Annual statistical returns and brief notes on vaccination in Bengal - 1896-1909
Year: 1896
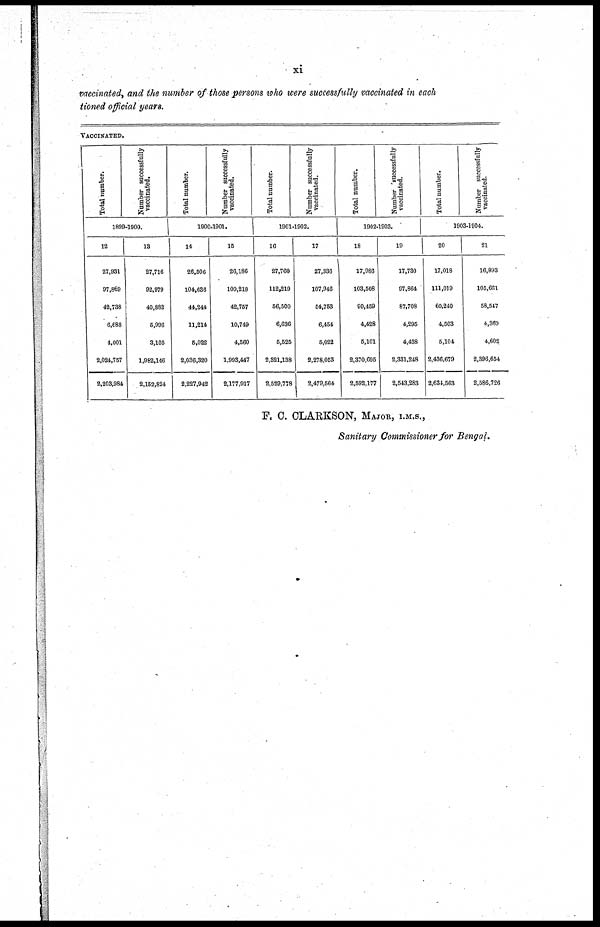
xi
vaccinated, and the number of those persons who were successfully vaccinated in each
tioned official years.
VACCINATED.
Tot al number.
Number successfully
vaccinated.
1899-1900.
12
27,931
97,869
42,738
6,688
4,001
2,024,757
2,203,984
13
27,716
92,979
40,882
5,996
3,105
1,982,146
2,152,824
Total number.
Number successfully
vaccinated.
1900-1901.
14
26,506
104,636
44,244
11,214
5,022
2,036,320
2,227,942
15
26,186
100,218
42,757
10,749
4,560
1,993,447
2,177,917
Total number.
Number successfully
vaccinated.
1901-1902.
16
27,760
112,219
56,500
6,636
5,525
2,321,138
2,529,778
17
27,336
107,946
54,753
6,454
5,022
2,278,053
2,479,564
Total number.
Number successfully
vaccinated.
1902-1903.
18
17,986
103,508
90,459
4,428
5,101
2,370,695
2,592,177
19
17,730
97,864
87,708
4,295
4,438
2,331,248
2,543,283
Total number.
Number successfully
vaccinated.
1903-1904.
20
17,018
111,019
60,240
4,503
5,104
2,436,679
2,634,563
21
16,893
105,661
58,547
4,369
4,602
2,396,654
2,586,726
F. C. CLARKSON, MAJOR, I.M.S.,
Sanitary Commissioner for Bengal.